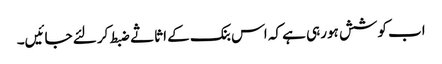
اب کوشش ہورہی ہے کہ اس بنک کے اثاثے ضبط کرلئے جائیں۔